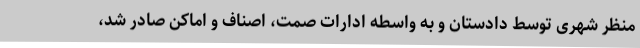
منظر شهری توسط دادستان و به واسطه ادارات صمت، اصناف و اماکن صادر شد،